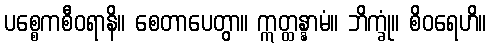
ပစ္စေကစီဝရာနိ။ စေတာပေတွာ။ ဣတ္ထန္နာမံ။ ဘိက္ခုံ။ စိဝရေဟိ။